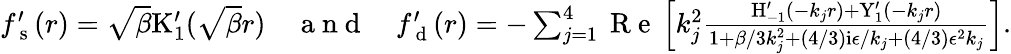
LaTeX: \begin{array}{r}{f_{\mathrm{~s~}}^{\prime}(r)=\sqrt{\beta}\mathrm{K}_{1}^{\prime}(\sqrt{\beta}r)\quad\mathrm{~a~n~d~}\quad f_{\mathrm{~d~}}^{\prime}(r)=-\sum_{j=1}^{4}\mathrm{~R~e~}\left[k_{j}^{2}\frac{\mathrm{H}_{-1}^{\prime}(-k_{j}r)+\mathrm{Y}_{1}^{\prime}(-k_{j}r)}{1+\beta/3k_{j}^{2}+(4/3)\mathrm{i}\epsilon/k_{j}+(4/3)\epsilon^{2}k_{j}}\right].}\end{array}